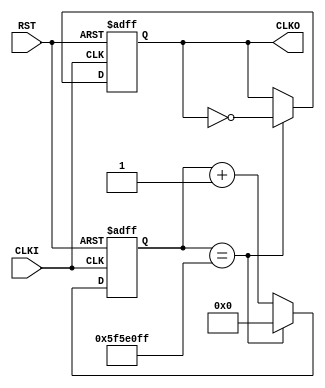
module DIVIDER (
    CLKI, RST, CLKO
);
    input CLKI, RST;
    output wire CLKO;

    reg [26:0] count;
    reg CLKO;

    always @(posedge CLKI or posedge RST) begin
        if(RST) begin
            count <= 27'b0;
            CLKO <= 1'b0;
        end
        else if(count == 27'd99999999) begin
            count <= 27'b0;
            CLKO <= ~CLKO;
        end
        else begin
            count <= count + 27'd1;
            CLKO <= CLKO;
        end
    end
endmodule